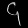
Digit: ၄